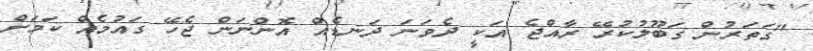
"ގަތަރުން ގަބޫލުކުރޭ ރާއްޖެ އަކީ ދެވަނަ ދަނޑެއް އޮންނަން ޖެހޭ ގައުމެއް ކަމަށް